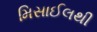
મિસાઈલથી